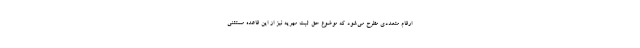
ارقام متعددی مطرح می‌شود که موضوع حق ثبت مهریه نیز از این قاعده مستثنی